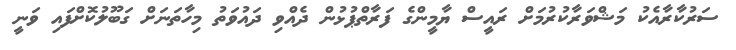
ސަރުކާރާއެކު މަޝްވަރާކުރުމަށް ރައީސް ޔާމީންގެ ފަރާތްޕުޅުން ދެއްވި ދައުވަތު މިހާތަނަށް ގަބޫލުކޮށްފައި ވަނީ